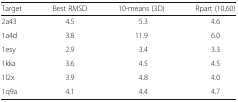
<table><thead><tr><td><b>Target</b></td><td><b>Best RMSD</b></td><td><b>10-means (3D)</b></td><td><b>Rpart (10,60)</b></td></tr></thead><tbody><tr><td>2a43</td><td>4.5</td><td>5.3</td><td>4.6</td></tr><tr><td>1a4d</td><td>3.8</td><td>11.9</td><td>6.0</td></tr><tr><td>1esy</td><td>2.9</td><td>3.4</td><td>3.3</td></tr><tr><td>1kka</td><td>3.6</td><td>4.5</td><td>4.5</td></tr><tr><td>1l2x</td><td>3.9</td><td>4.8</td><td>4.0</td></tr><tr><td>1q9a</td><td>4.1</td><td>4.4</td><td>4.7</td></tr></tbody></table>